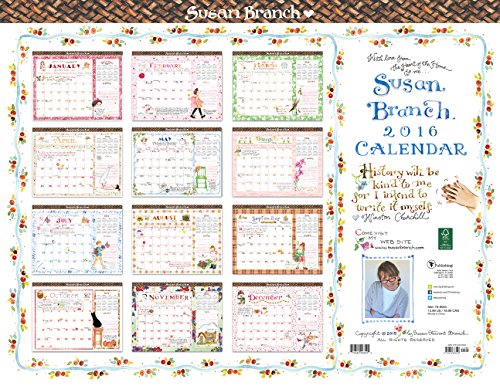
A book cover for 2016 Susan Branch 12 Month Desk Blotter Calendar; Susan Branch; Calendars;